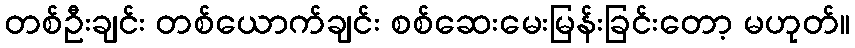
တစ်ဦးချင်း တစ်ယောက်ချင်း စစ်ဆေးမေးမြန်းခြင်းတော့ မဟုတ်။